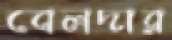
বেলদার